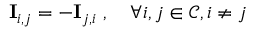
\mathbf { I } _ { i , j } = - \mathbf { I } _ { j , i } ~ , ~ ~ ~ \forall { i , j } \in \mathcal { C } , i \neq j